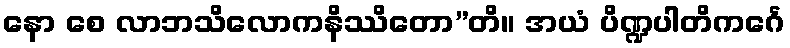
နော စေ လာဘသိလောကနိဿိတော”တိ။ အယံ ပိဏ္ဍပါတိကင်္ဂေ